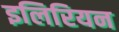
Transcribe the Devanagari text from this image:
इलिरियन